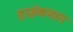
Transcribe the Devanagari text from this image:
हाईकमान